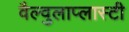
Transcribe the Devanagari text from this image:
वैल्वुलाप्लास्टी